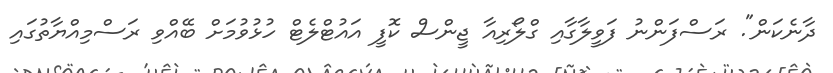
ދާނެކަން". ރަސްފަންނު ފަވީލާގާއި ގްލޯރިއާ ޖީންސް ކޮފީ އައުޓްލެޓް ހުޅުވުމަށް ބޭއްވި ރަސްމިއްޔާތުގައި